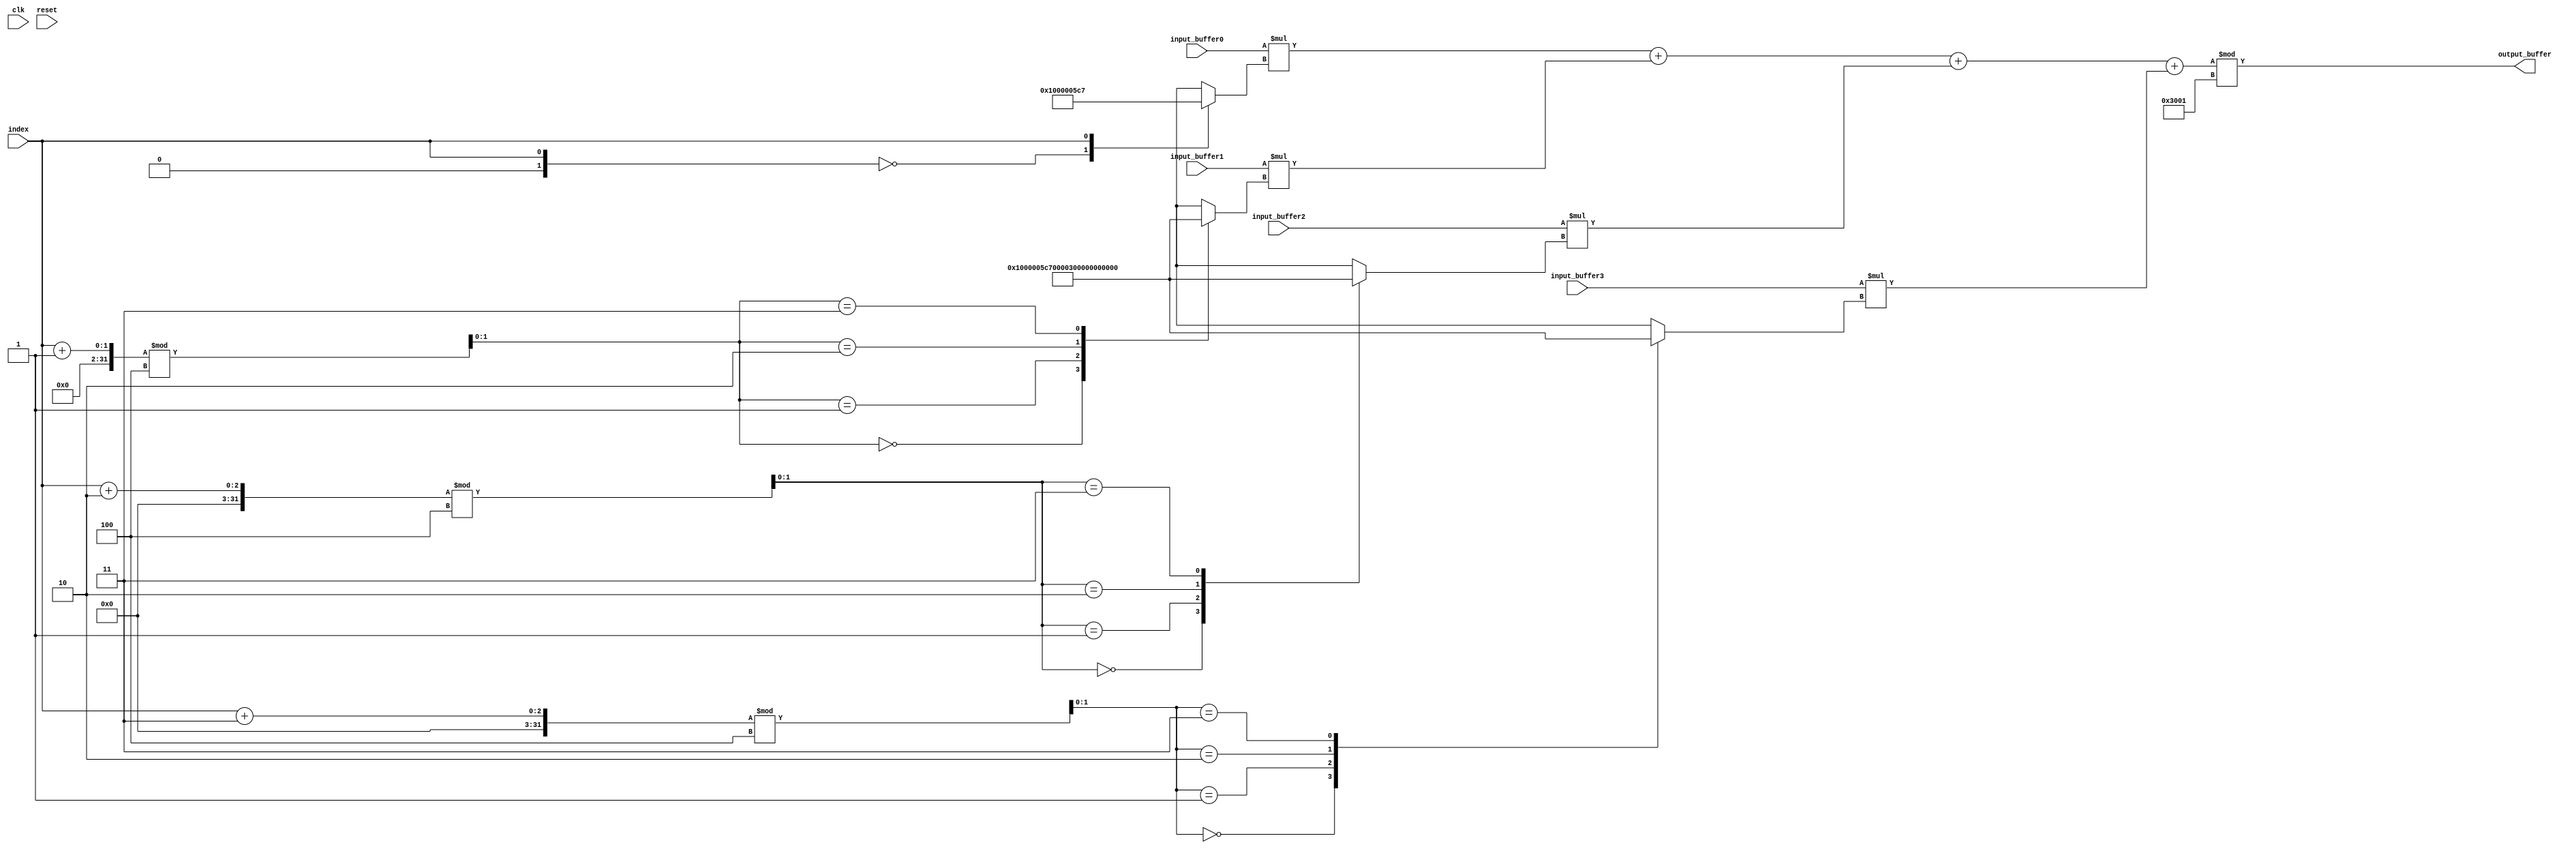
module simple_ntt_core #(parameter data_width = 32, max_buffer_size = 4)(
                        output [data_width-1:0] output_buffer,
                        input  [data_width-1:0] input_buffer0,
                        input [data_width-1:0] input_buffer1,
                        input [data_width-1:0] input_buffer2,
                        input [data_width-1:0] input_buffer3,
                        input index,
                        input clk, reset
);

    wire [data_width-1:0] twiddle_factor[0:max_buffer_size-1];
    wire [data_width-1:0] q, n;
    assign twiddle_factor[0] = 32'd1;
    assign twiddle_factor[1] = 32'd1479;
    assign twiddle_factor[2] = 32'd12288;
    assign twiddle_factor[3] = 32'd10810;
    assign q = 32'd12289;
    assign n = 32'd4;
    assign output_buffer = (input_buffer0*twiddle_factor[index] +
                                        input_buffer1*twiddle_factor[(index+1)%n] +
                                        input_buffer2*twiddle_factor[(index+2)%n] +
                                        input_buffer3*twiddle_factor[(index+3)%n])%q;


endmodule